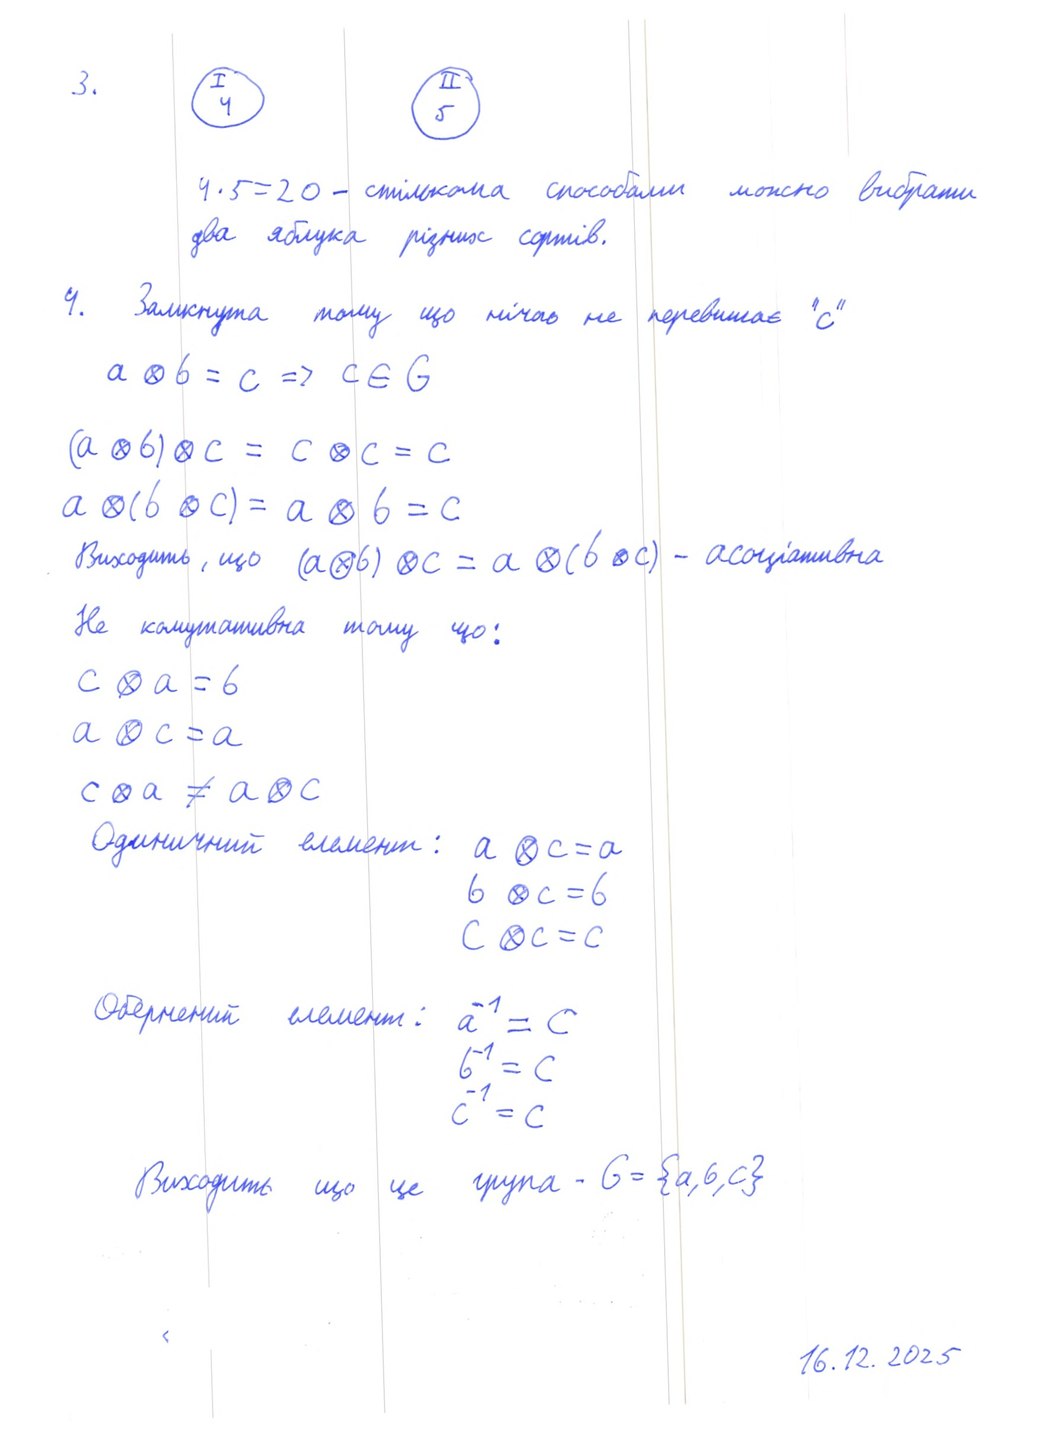
3.
I 4
II 5
4 · 5 = 20 - стількома способами можно вибрати
два яблука різних сортів.
4. Замкнута тому що нічого не перевишає "с"
a ⊗ b = c => c ∈ G
(a ⊗ b) ⊗ c = c ⊗ c = c
a \otimes (b \otimes c) = a \otimes b = c
Виходить, що (a ⊗ b) ⊗ c = a ⊗ (b ⊗ c) - асоціативна
Не комутативна тому що:
c \otimes a = 6
a \otimes c = a
c \otimes a \neq a \otimes c
Одиничний елемент:
a \otimes c = a
6 \otimes c = 6
C \otimes C = C
Обернений елемент: a^-1 = c
a^{-1} = c
6^{-1} = C
C^{-1} = C
Виходить що це група - G = {a, b, c}
16.12.2025